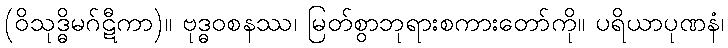
(ဝိသုဒ္ဓိမဂ်ဋီကာ)။ ဗုဒ္ဓဝစနဿ၊ မြတ်စွာဘုရားစကားတော်ကို။ ပရိယာပုဏနံ၊